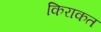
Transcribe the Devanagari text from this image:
किराकत